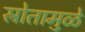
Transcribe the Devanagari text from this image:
स्रोतामुळे